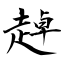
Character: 趠